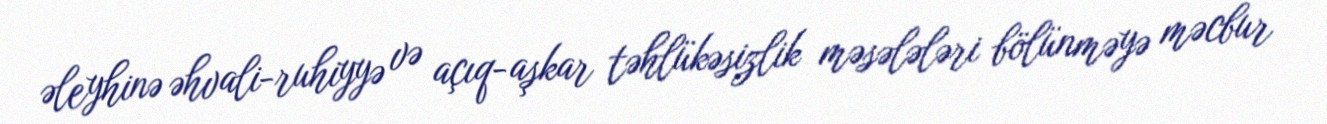
əleyhinə əhvali-ruhiyyə və açıq-aşkar təhlükəsizlik məsələləri bölünməyə məcbur